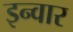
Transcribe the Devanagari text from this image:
इन्वार